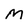
Character: M